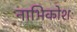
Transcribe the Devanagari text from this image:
नाभिकोशः